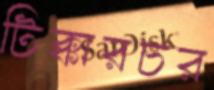
টিক্কারচর